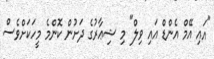
"އައި އޭމް އެންޑް އައި ވިލް" މި ޝިޢާރުގެ ދަށުން ކޮންމެ މީހަކަށްވެސް